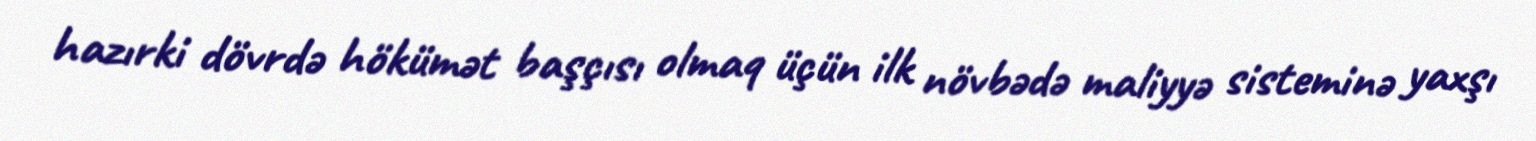
hazırki dövrdə hökümət başçısı olmaq üçün ilk növbədə maliyyə sisteminə yaxşı